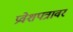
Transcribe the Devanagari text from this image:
प्रवेशपत्रावर